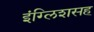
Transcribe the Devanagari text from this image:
इंग्लिशसह